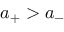
a _ { + } > a _ { - }